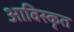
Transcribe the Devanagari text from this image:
आविस्कृत